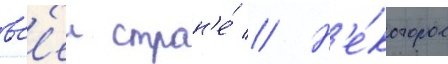
вс'еи стран'е́ // Н'е́которое